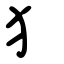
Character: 犭